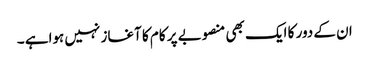
ان کے دور کا ایک بھی منصوبے پر کام کا آغاز نہیں ہواہے ۔